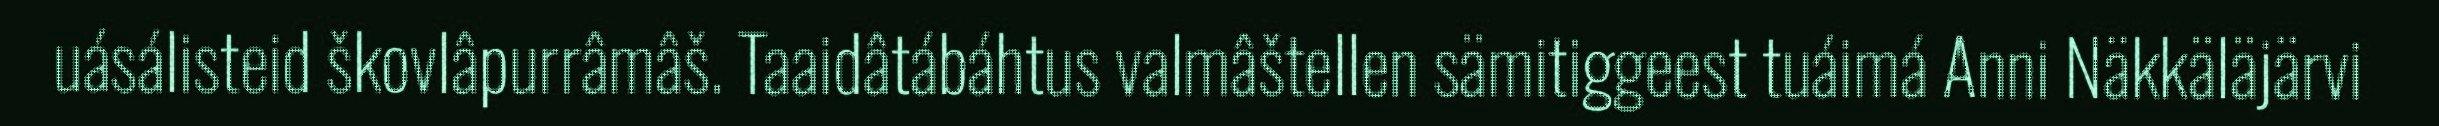
uásálisteid škovlâpurrâmâš. Taaidâtábáhtus valmâštellen sämitiggeest tuáimá Anni Näkkäläjärvi